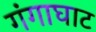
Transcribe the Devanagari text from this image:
गंगाघाट